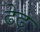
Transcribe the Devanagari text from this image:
ढेढ